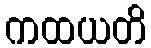
ကထယတိ